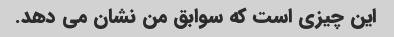
این چیزی است که سوابق من نشان می دهد.